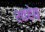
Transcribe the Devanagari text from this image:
शाहेब